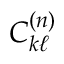
C _ { k \ell } ^ { ( n ) }